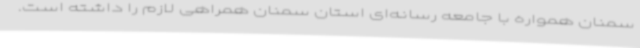
سمنان همواره با جامعه رسانه‌ای استان سمنان همراهی لازم را داشته است.